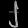
Digit: ၂